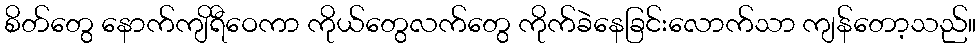
စိတ်တွေ နောက်ကျိရီဝေကာ ကိုယ်တွေလက်တွေ ကိုက်ခဲနေခြင်းလောက်သာ ကျန်တော့သည်။